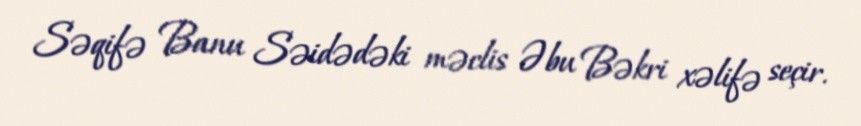
Səqifə Banu Səidədəki məclis Əbu Bəkri xəlifə seçir.